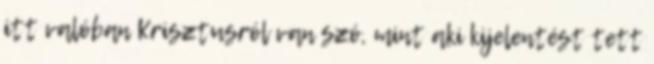
itt valóban Krisztusról van szó, mint aki kijelentést tett